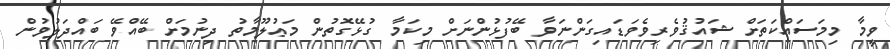
ވީމާ މިމަސައްކަތަށް ޝައުޤުވެރިވެވަޑައިގަންނަވާ ބޭފުޅުންނަށް މިކަމާ ގުޅޭގޮތުން މަޢުލޫމާތު ދިނުމަށް ބޭއްވޭ ބައްދަލުވުން